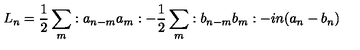
L _ { n } = { \frac 1 2 } \sum _ { m } : a _ { n - m } a _ { m } : - { \frac 1 2 } \sum _ { m } : b _ { n - m } b _ { m } : - i n ( a _ { n } - b _ { n } )